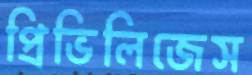
প্রিভিলিজেস